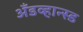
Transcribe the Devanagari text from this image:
अँडव्हान्स्ड